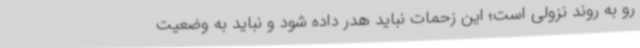
رو به روند نزولی است؛ این زحمات نباید هدر داده شود و نباید به وضعیت